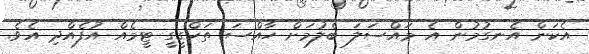
އެކަން އެނގުމުން އެ މައްސަލަ ބެލުމަށް ހާއްސަ ތަހްގީގީ ޓީމެއް އުފެއްދި އެވެ.